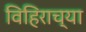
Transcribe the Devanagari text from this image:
विहिराच्या